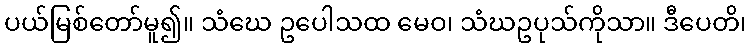
ပယ်မြစ်တော်မူ၍။ သံဃေ ဥပေါသထ မေဝ၊ သံဃဥပုသ်ကိုသာ။ ဒီပေတိ၊